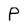
Character: P